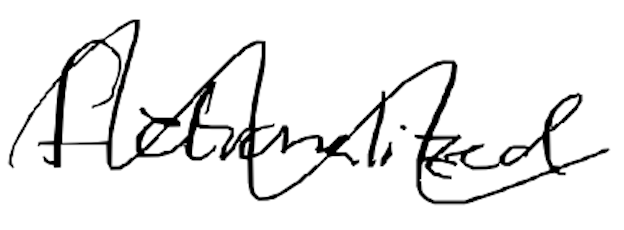
Text: fictionalized
Cross-out: wave
Writing tool: digital_black